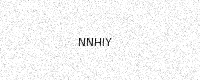
Text: NNHIY